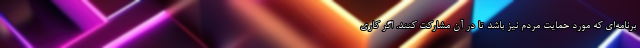
برنامه‌ای که مورد حمایت مردم نیز باشد تا در آن مشارکت کنند. اگر کاری